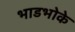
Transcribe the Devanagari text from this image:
भाडभोके